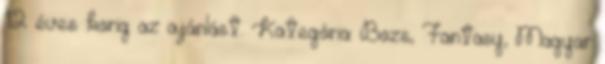
12 éves korig az ajánlást. Kategória: Bozs, Fantasy, Magyar